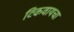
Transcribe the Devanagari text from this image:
टिकवायचा